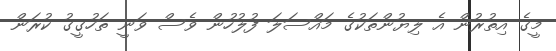
މީގެ އިތުރުން އެ ލިޔުންތަކުގެ މައްސަލަ ފުލުހުން ވެސް ވަނީ ތަހުގީގު ކުރަން